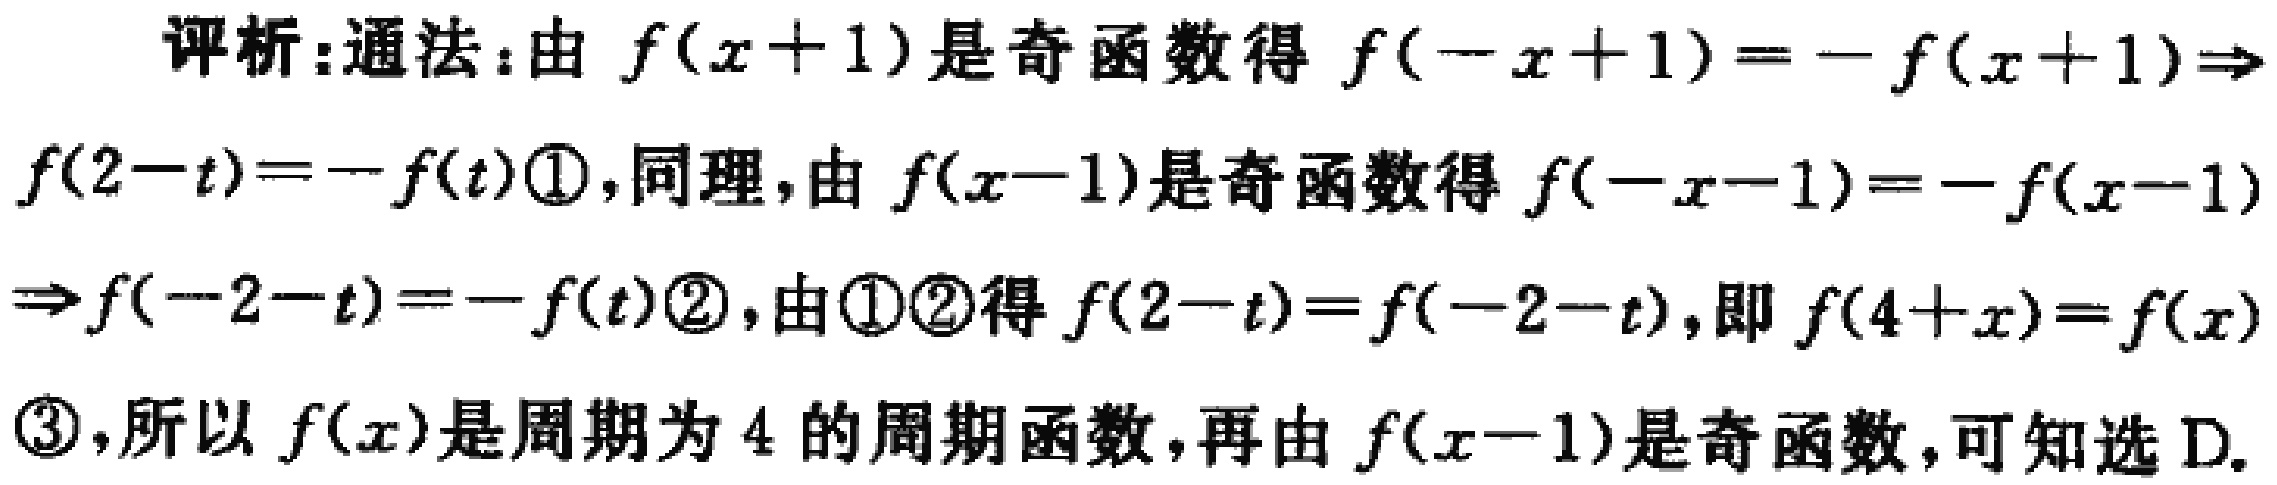
评析:通法:由 \(f(x + 1)\) 是奇函数得 \(f(-x + 1)=-f(x + 1)\Rightarrow\)
\(f(2 - t)=-f(t)\textcircled{1}\),同理,由 \(f(x - 1)\) 是奇函数得 \(f(-x - 1)=-f(x - 1)\)
\(\Rightarrow f(-2 - t)=-f(t)\textcircled{2}\),由\textcircled{1}\textcircled{2}得 \(f(2 - t)=f(-2 - t)\),即 \(f(4 + x)=f(x)\)
\textcircled{3},所以 \(f(x)\) 是周期为 \(4\) 的周期函数,再由 \(f(x - 1)\) 是奇函数,可知选 D.